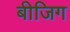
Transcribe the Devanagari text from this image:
बीजिग